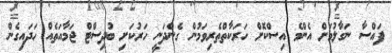
ފައްސާ ނަގާލުމަށް އެންމެ އިސްކޮށް ހަރަކާތްތެރިވަމުން ގެންދަނީ ހަރުކަށި ބުދިސްޓް ޖަމާއަތެއް ހަދައިގެން